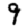
Digit: 9